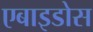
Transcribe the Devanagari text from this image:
एबाइडोस